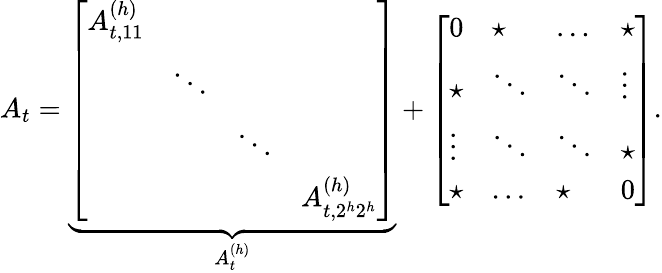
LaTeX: A_{t}=\underbrace{\left[\begin{array}{llll}{A_{t,11}^{(h)}}&&&\\ &{\ddots}&&\\ &&{\ddots}&\\ &&&{A_{t,2^{h}2^{h}}^{(h)}}\end{array}\right]}_{A_{t}^{(h)}}+\left[\begin{array}{llll}{0}&{\star}&{\dots}&{\star}\\ {\star}&{\ddots}&{\ddots}&{\vdots}\\ {\vdots}&{\ddots}&{\ddots}&{\star}\\ {\star}&{\dots}&{\star}&{0}\end{array}\right].